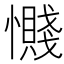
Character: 𫻔